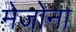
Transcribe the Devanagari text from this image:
मेजोना